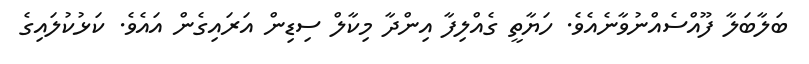
ބަލާބަލާ ފޫއްސެއްނުވާނެއެވެ. ހަޔާތީ ގެއްލިފާ އިންދާ މިކާލް ސިޑިން އަރައިގެން އައެވެ. ކަޅުކުލައިގެ